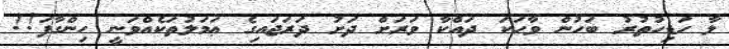
ލާ ހަޑިހުތުރު ބަހުން ވާހަކަ ދައްކާ ވަރަށް ދަށު ދަރަޖައިގެ ޢަމަލުތަކެއްވަނީ ހިންގާފަ!!